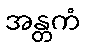
အန္တကံ